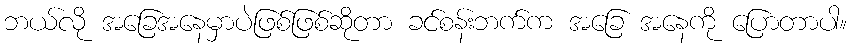
ဘယ်လို အခြေအနေမှာပဲဖြစ်ဖြစ်ဆိုတာ ခင်စန်းဘက်က အခြေ အနေကို ပြောတာပါ။